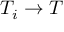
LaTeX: T _ { i } \to T